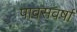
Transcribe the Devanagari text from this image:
पावसवर्षा